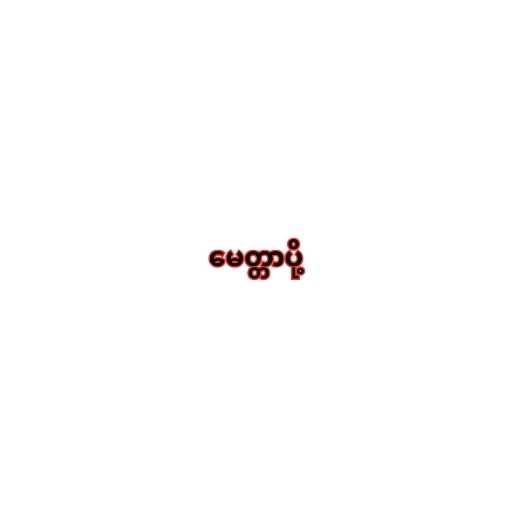
မေတ္တာပို့